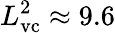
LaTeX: L_{\mathrm{vc}}^{2}\approx 9.6